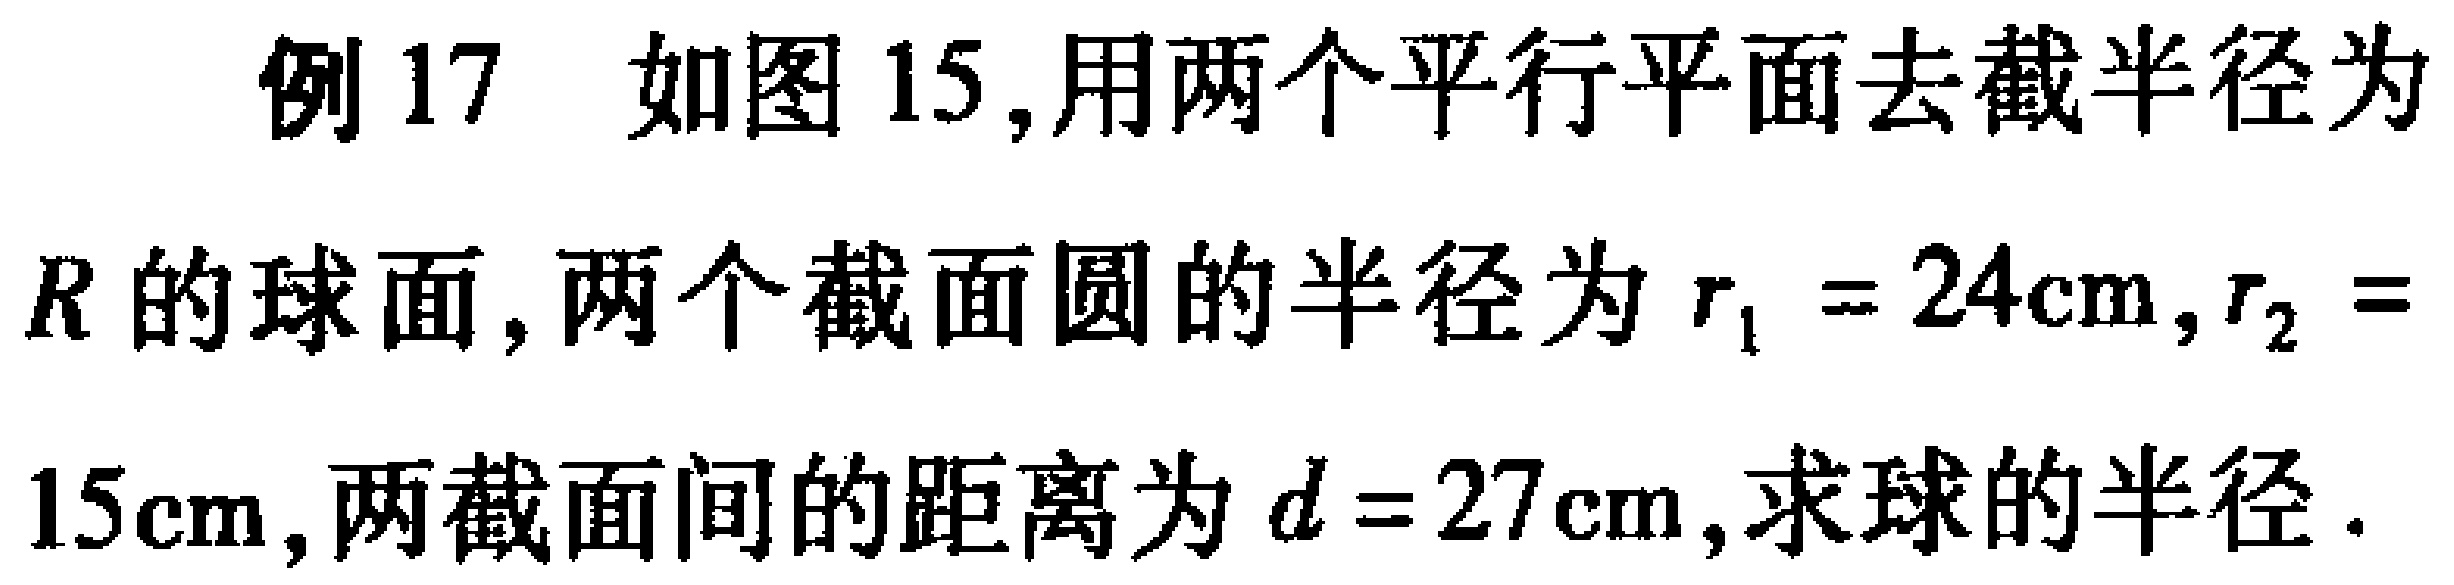
例17 如图15,用两个平行平面去截半径为\(R\)的球面, 两个截面圆的半径为\(r_{1}=24\text{cm},r_{2}=15\text{cm}\),两截面间的距离为\(d = 27\text{cm}\),求球的半径.